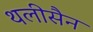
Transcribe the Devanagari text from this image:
थलीसैन